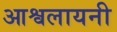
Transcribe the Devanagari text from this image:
आश्वलायनी